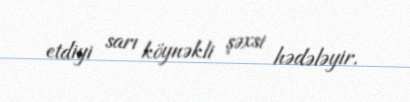
etdiyi sarı köynəkli şəxsi hədələyir.